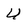
Character: U